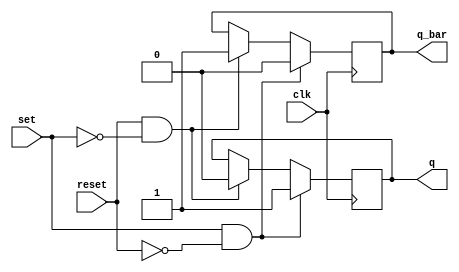
module sr_flip_flop (
    input wire clk, // clock signal
    input wire set, // set input
    input wire reset, // reset input
    output reg q, // output Q
    output reg q_bar // output Q'
);

always @(posedge clk) begin
    if (set && !reset) begin // SET state
        q <= 1;
        q_bar <= 0;
    end else if (reset && !set) begin // RESET state
        q <= 0;
        q_bar <= 1;
    end else begin // hold current state
        q <= q;
        q_bar <= q_bar;
    end
end

endmodule